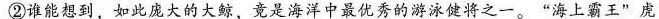
②谁能想到，如此庞大的大鲸，竟是海洋中最优秀的游泳健将之一。”海上霸王”虎